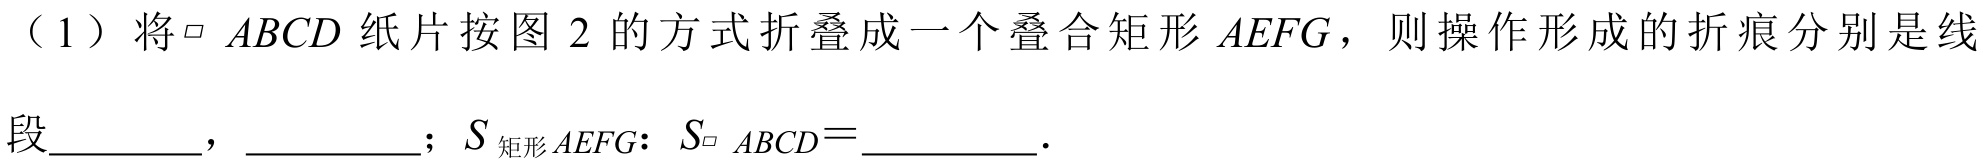
（1）将\(\parallelogram\ ABCD\) 纸片按图 2 的方式折叠成一个叠合矩形 \(AEFG\)，则操作形成的折痕分别是线段________，________；\(S_{矩形AEFG}:S_{\parallelogram\ ABCD} =\)________.